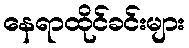
နေရာထိုင်ခင်းများ